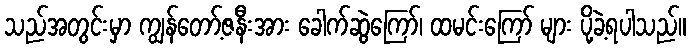
သည်အတွင်းမှာ ကျွန်တော့်ဇနီးအား ခေါက်ဆွဲကြော်၊ ထမင်းကြော် များ ပို့ခဲ့ရပါသည်။